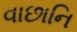
વાછાનિ